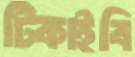
টিকাইবি